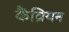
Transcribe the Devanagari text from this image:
कैंव्रियन